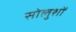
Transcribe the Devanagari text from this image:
सोलुशों